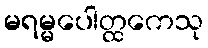
မရမ္မပေါတ္ထကေသု